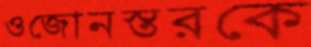
ওজোনস্তরকে